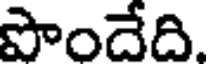
పొందేది.